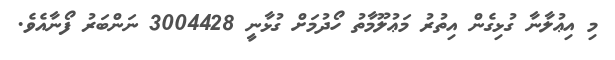
މި އިޢުލާނާ ގުޅިގެން އިތުރު މަޢުލޫމާތު ހޯދުމަށް ގުޅާނީ 3004428 ނަންބަރު ފޯނާއެވެ.